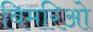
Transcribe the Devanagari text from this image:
बिमरिओ